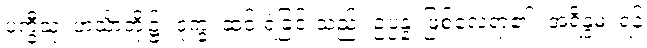
ပက္ခီသု၊ ဟင်္သာတို့၌။ ဒုက္ခံ၊ ဆင်းရဲခြင်းသည်။ ဥပ္ပန္နံ၊ ဖြစ်လေရာ၏။ အရိန္ဒမ၊ ရန်